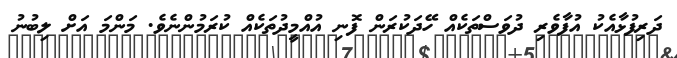
ދަރިފުޅާއެކު އުފާވެރި ދުވަސްތަކެއް ހޭދަކުރަން ފޮނި އުއްމީދުތަކެއް ކުރަމުންނެވެ. މަންމަ އަށް ލިބުނު